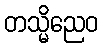
တသ္မိညေဝ